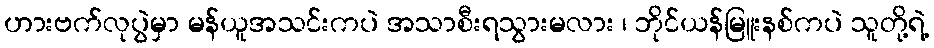
ဟားဗက်လုပွဲမှာ မန်ယူအသင်းကပဲ အသာစီးရသွားမလား ၊ ဘိုင်ယန်မြူးနစ်ကပဲ သူတို့ရဲ့